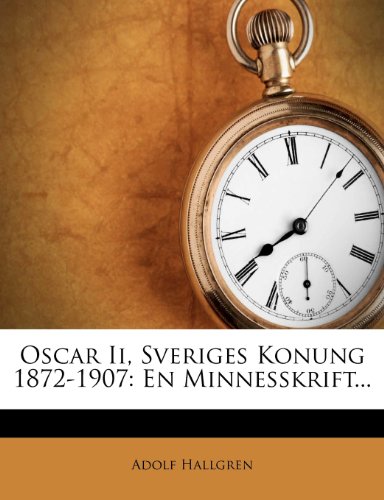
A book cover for Oscar Ii, Sveriges Konung 1872-1907: En Minnesskrift... (Swedish Edition); Adolf Hallgren; History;